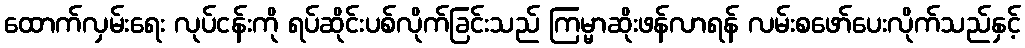
ထောက်လှမ်းရေး လုပ်ငန်းကို ရပ်ဆိုင်းပစ်လိုက်ခြင်းသည် ကြမ္မာဆိုးဖန်လာရန် လမ်းစဖော်ပေးလိုက်သည်နှင့်